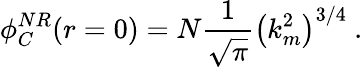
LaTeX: \phi_{C}^{NR}(r=0)=N\frac{1}{\sqrt{\pi}}\left(k_{m}^{2}\right)^{3/4}\mathrm{~.}